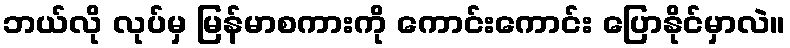
ဘယ်လို လုပ်မှ မြန်မာစကားကို ကောင်းကောင်း ပြောနိုင်မှာလဲ။